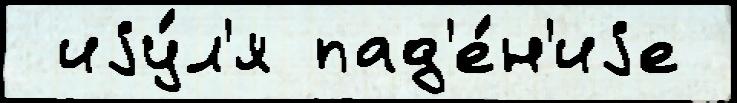
 иjу́л'я пад'е́н'иjе